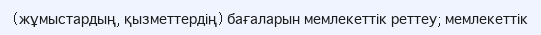
(жұмыстардың, қызметтердің) бағаларын мемлекеттік реттеу; мемлекеттік